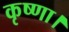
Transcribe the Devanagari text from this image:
कृष्णा।